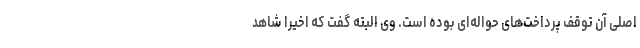
اصلی آن توقف پرداخت‌های حواله‌ای بوده است. وی البته گفت که اخیرا شاهد